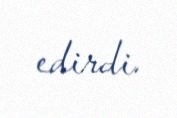
edirdi.